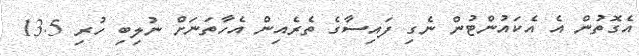
އެގޮތުން އެ އެކައުންޓުން ނެގި ފައިސާގެ ތެރެއިން އެހާތަނަށް ނުލިބި ހުރި 13.5